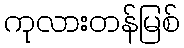
ကုလားတန်မြစ်